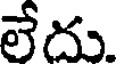
లేదు.